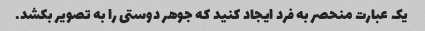
یک عبارت منحصر به فرد ایجاد کنید که جوهر دوستی را به تصویر بکشد.